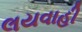
લયવાહી